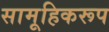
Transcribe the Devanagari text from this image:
सामूहिकरूप